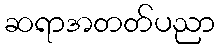
ဆရာအတတ်ပညာ